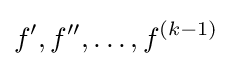
f',f'',\dots ,f^{(k-1)}